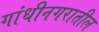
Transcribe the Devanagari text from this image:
गांधीनगरातील